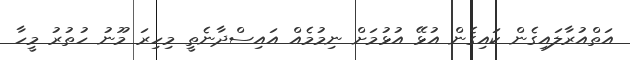
އަތްއުރާލައިގެން ކައިގެން އުޅޭ އުޅުމަށް ނިމުމެއް އައިސްދާނެތީ މިހިރަ މޫނު ހުތުރު މީހާ